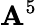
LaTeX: \mathbf{A}^{5}